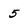
Character: 5